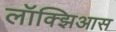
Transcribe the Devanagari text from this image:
लॉक्झिआस